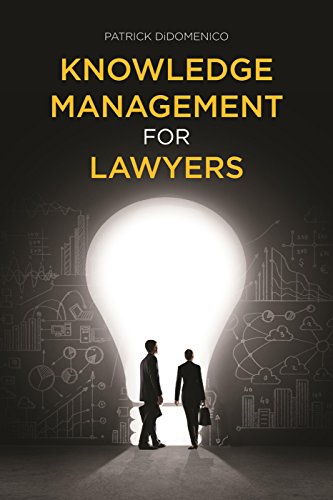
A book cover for Knowledge Management for Lawyers; Patrick DiDomenico; Law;